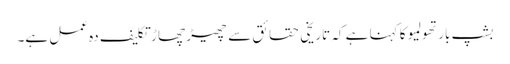
بشپ بارتھولمیو کا کہنا ہے کہ تاریخی حقائق سے چھیڑ چھاڑ تکلیف دہ عمل ہے۔